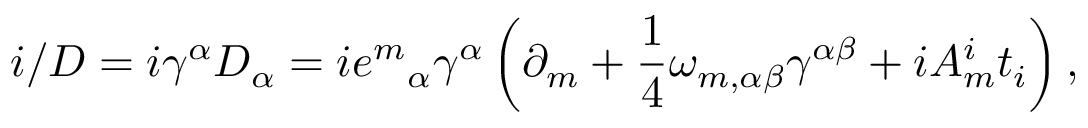
i \slash D = i \gamma ^ { \alpha } D _ { \alpha } = i { e ^ { m } } _ { \alpha } \gamma ^ { \alpha } \left( \partial _ { m } + { \frac { 1 } { 4 } } \omega _ { m , \alpha \beta } \gamma ^ { \alpha \beta } + i A _ { m } ^ { i } t _ { i } \right) ,